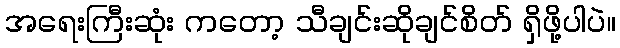
အရေးကြီးဆုံး ကတော့ သီချင်းဆိုချင်စိတ် ရှိဖို့ပါပဲ။